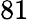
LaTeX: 81